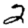
Digit: 2